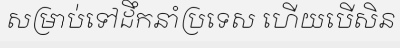
សម្រាប់ទៅដឹកនាំប្រទេស ហើយបើសិន